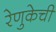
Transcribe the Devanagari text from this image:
रेणुकेची